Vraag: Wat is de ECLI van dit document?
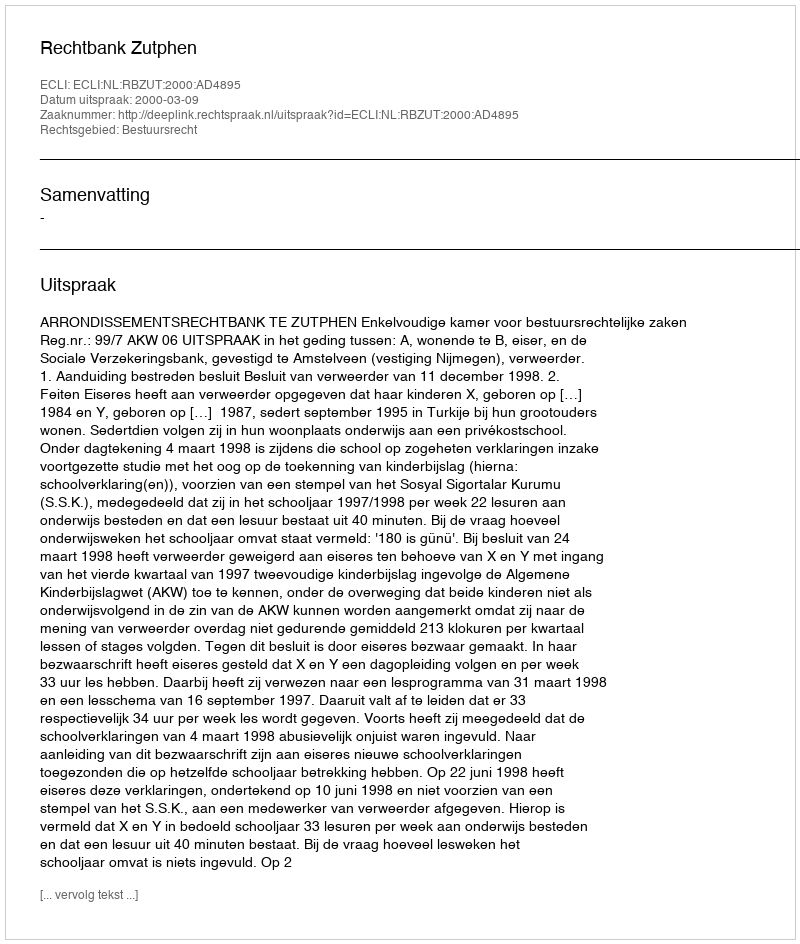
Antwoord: ECLI:NL:RBZUT:2000:AD4895